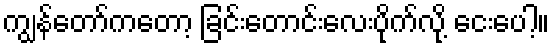
ကျွန်တော်ကတော့ ခြင်းတောင်းလေးပိုက်လို့ ငေးပေါ့။